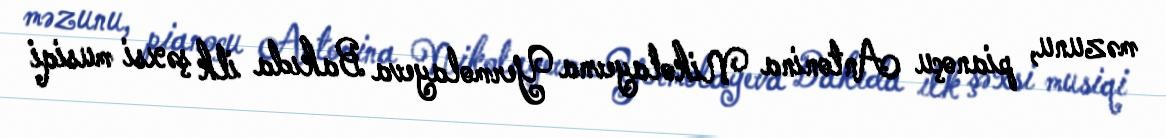
məzunu, pianoçu Antonina Nikolayevna Yermolayeva Bakıda ilk şəxsi musiqi